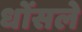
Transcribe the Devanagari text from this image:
धोंसले